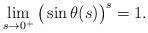
LaTeX: \begin{align*}\lim_{s\to0^+} \big(\sin\theta(s)\big)^s=1.\end{align*}